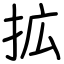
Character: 拡